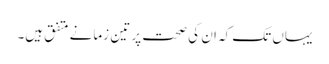
یہاں تک کہ ان کی صحت پر تین زمانے متفق ہیں۔